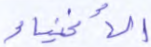
الأغنياء